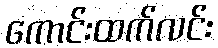
ကောင်းထက်လင်း